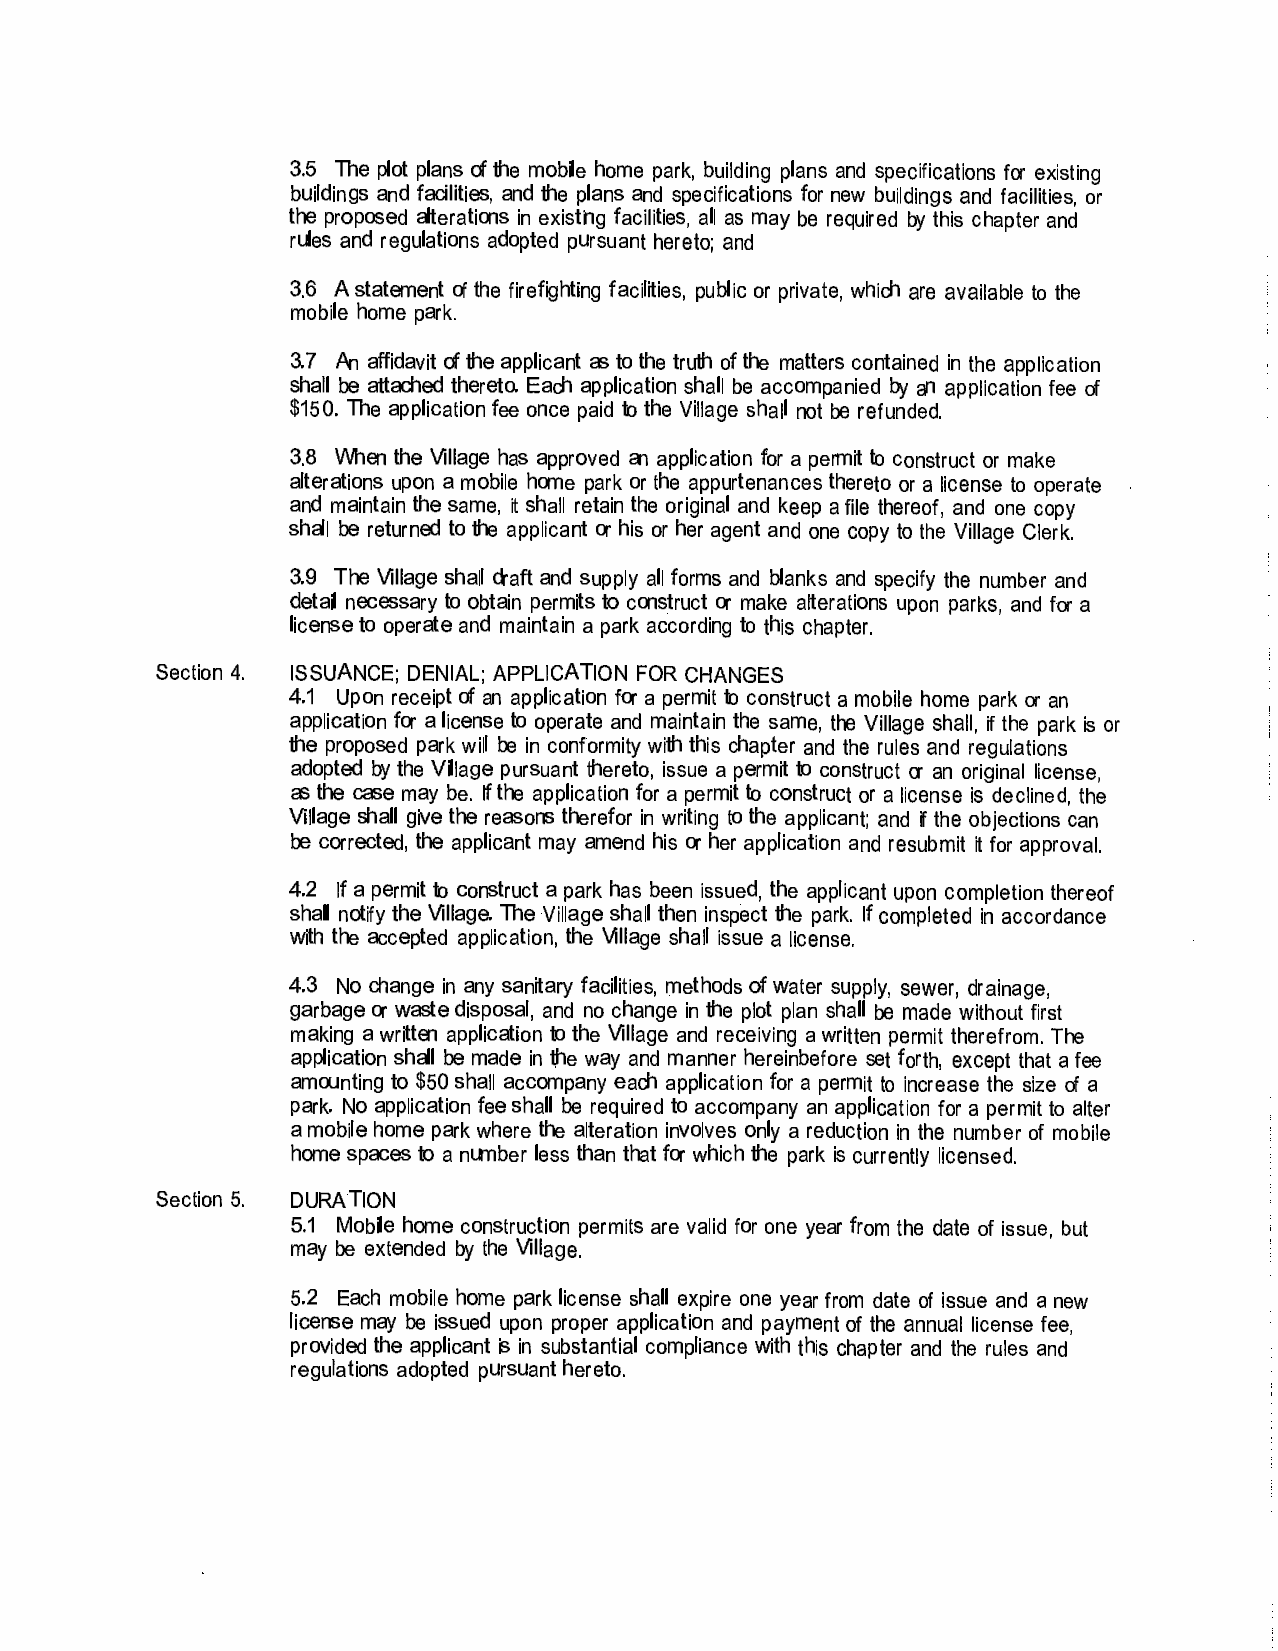
3.5 The plot plans of the mobile home park, building plans and specifications for existing
 buildings and facilities, and the plans and specifications for new buildings and facilities, or
 the proposed alterations in existing facilities, all as may be required by this chapter and
 rules and regulations adopted pursuant hereto; and
 3.6 A statement of the firefighting facilities, public or private, which are available to the
 mobile home park.
 3.7 An affidavit of the applicant as to the truth of the matters contained in the application
 shall be attached thereto. Each application shall be accompanied by an application fee of
 $150. The application fee once paid to the Village shall not be refunded.
 3.8 When the Village has approved an application for a permit to construct or make
 alterations upon a mobile home park or the appurtenances thereto or a license to operate
 and maintain the same, it shall retain the original and keep a file thereof, and one copy
 shall be returned to the applicant or his or her agent and one copy to the Village Clerk.
 3.9 The Village shall draft and supply all forms and blanks and specify the number and
 detail necessary to obtain permits to construct or make alterations upon parks, and for a
 license to operate and maintain a park according to this chapter.
 Section 4. ISSUANCE; DENIAL; APPLICATION FOR CHANGES
 4.1 Upon receipt of an application for a permit to construct a mobile home park or an
 application for a license to operate and maintain the same, the Village shall, if the park is or
 the proposed park will be in conformity with this chapter and the rules and regulations
 adopted by the Village pursuant thereto, issue a permit to construct or an original license,
 as the case may be. If the application for a permit to construct or a license is declined, the
 Village shall give the reasons therefor in writing to the applicant; and if the objections can
 be corrected, the applicant may amend his or her application and resubmit it for approval.
 4.2 If a permit to construct a park has been issued, the applicant upon completion thereof
 shall notify the Village. The Village shall then inspect the park. If completed in accordance
 with the accepted application, the Village shall issue a license.
 4.3 No change in any sanitary facilities, methods of water supply, sewer, drainage,
 garbage or waste disposal, and no change in the plot plan shall be made without first
 making a written application to the Village and receiving a written permit therefrom. The
 application shall be made in the way and manner hereinbefore set forth, except that a fee
 amounting to $50 shall accompany each application for a permit to increase the size of a
 park. No application fee shall be required to accompany an application for a permit to alter
 a mobile home park where the alteration involves only a reduction in the number of mobile
 home spaces to a number less than that for which the park is currently licensed.
 Section 5. DURATION
 5.1 Mobile home construction permits are valid for one year from the date of issue, but
 may be extended by the Village.
 5.2 Each mobile home park license shall expire one year from date of issue and a new
 license may be issued upon proper application and payment of the annual license fee,
 provided the applicant is in substantial compliance with this chapter and the rules and
 regulations adopted pursuant hereto.